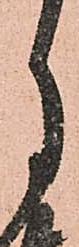
月